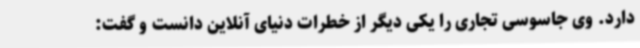
دارد. وی جاسوسی تجاری را یکی دیگر از خطرات دنیای آنلاین دانست و گفت: